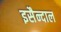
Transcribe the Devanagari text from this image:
इसैन्दाल